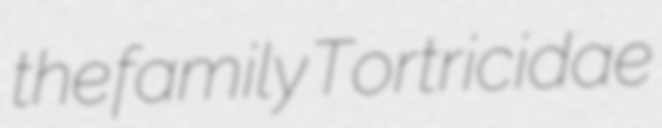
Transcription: the family Tortricidae